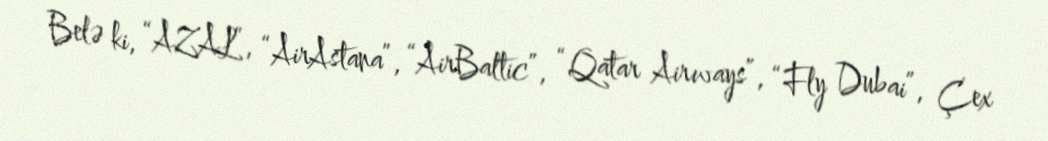
Belə ki, “AZAL”, “AirAstana”, “AirBaltic”, “Qatar Airways”, “Fly Dubai”, Çex